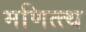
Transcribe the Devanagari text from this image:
मणित्त्थ